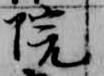
院